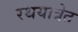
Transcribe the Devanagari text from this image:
रथयात्रेत